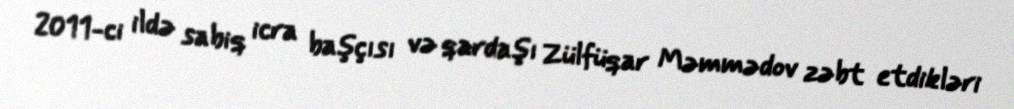
2011-ci ildə sabiq icra başçısı və qardaşı Zülfüqar Məmmədov zəbt etdikləri